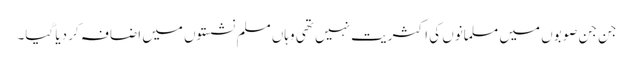
جن جن صوبوں میں مسلمانوں کی اکثریت نہیں تھی وہاں مسلم نشستوں میں اضافہ کر دیا گیا۔